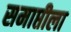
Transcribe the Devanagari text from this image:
समाप्तीला